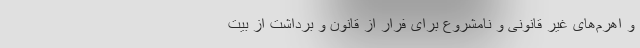
و اهرم‌های غیر قانونی و نامشروع برای فرار از قانون و برداشت از بیت